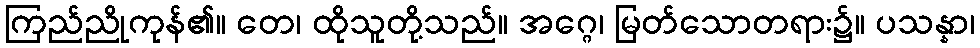
ကြည်ညိုကုန်၏။ တေ၊ ထိုသူတို့သည်။ အဂ္ဂေ၊ မြတ်သောတရား၌။ ပသန္နာ၊